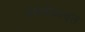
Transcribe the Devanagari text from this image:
संघर्षाबाबत